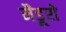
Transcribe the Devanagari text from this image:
मैडूरो